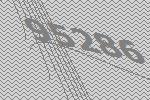
95286